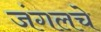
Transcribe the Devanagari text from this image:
जंगलचे